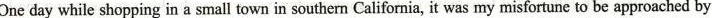
One day while shopping in a small town in southern California it was my misfortune to be approached by